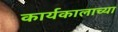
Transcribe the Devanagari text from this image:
कार्यकालाच्या